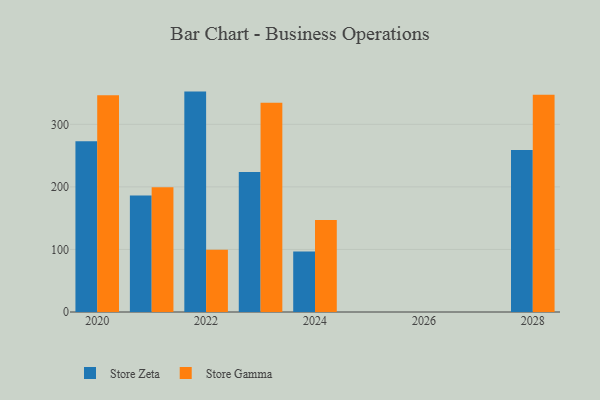
{"axis": {"x": "Year", "y": "Churn Rate (%)"}, "legend": ["Store Gamma", "Store Zeta"], "data": [{"x": "2021", "y": 186.2, "type": "Store Zeta"}, {"x": "2021", "y": 199.6, "type": "Store Gamma"}, {"x": "2020", "y": 272.8, "type": "Store Zeta"}, {"x": "2020", "y": 346.5, "type": "Store Gamma"}, {"x": "2024", "y": 96.7, "type": "Store Zeta"}, {"x": "2024", "y": 147.2, "type": "Store Gamma"}, {"x": "2022", "y": 352.3, "type": "Store Zeta"}, {"x": "2022", "y": 99.6, "type": "Store Gamma"}, {"x": "2028", "y": 259.1, "type": "Store Zeta"}, {"x": "2028", "y": 347.1, "type": "Store Gamma"}, {"x": "2023", "y": 223.8, "type": "Store Zeta"}, {"x": "2023", "y": 334.5, "type": "Store Gamma"}]}